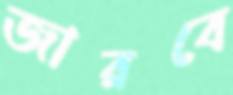
জারবে